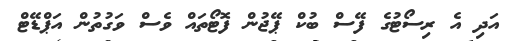
އަދި އެ ރިސޯޓުގެ ފޭސް ބުކް ޕޭޖުން ފޮޓޯތައް ވެސް ވަގުތުން އަޕްޑޭޓް